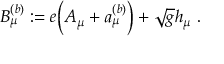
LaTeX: B _ { \mu } ^ { ( b ) } : = e \Big ( A _ { \mu } + a _ { \mu } ^ { ( b ) } \Big ) + \sqrt { g } h _ { \mu } \; .